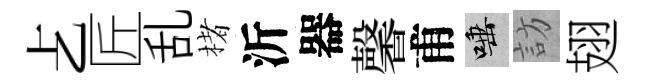
𠧒匠乱楮沂器馨甫唾訪翅